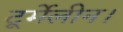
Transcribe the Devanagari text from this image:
टूर्मेलीन।